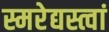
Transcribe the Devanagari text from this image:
स्मरेद्यस्त्वां